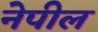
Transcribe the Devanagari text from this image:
नेपील